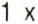
1 X